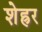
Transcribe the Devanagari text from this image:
शेह्रर